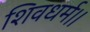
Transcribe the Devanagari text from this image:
शिवधर्म।।